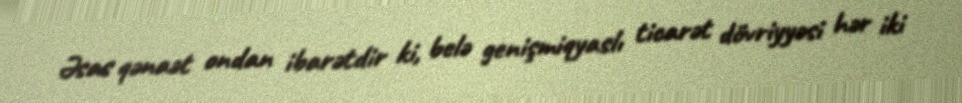
Əsas qənaət ondan ibarətdir ki, belə genişmiqyaslı ticarət dövriyyəsi hər iki